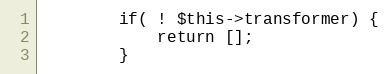
Language: PHP
        if( ! $this->transformer) {
            return [];
        }